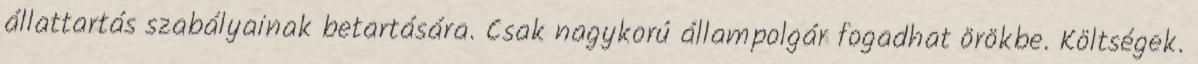
állattartás szabályainak betartására. Csak nagykorú állampolgár fogadhat örökbe. Költségek.